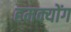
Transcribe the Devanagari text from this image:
हमक्योंग